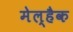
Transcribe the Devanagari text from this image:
मेल्हैक